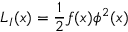
{ \cal L } _ { I } ( x ) = { \frac { 1 } { 2 } } f ( x ) \phi ^ { 2 } ( x )